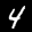
Label: 4